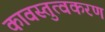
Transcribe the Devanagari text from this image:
कावस्तुत्वकरण